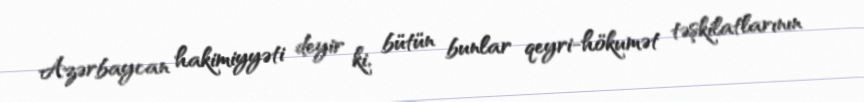
Azərbaycan hakimiyyəti deyir ki, bütün bunlar qeyri-hökumət təşkilatlarının